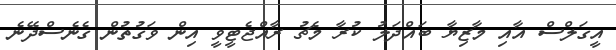
އީގަލްސް އާއި މާޒިޔާ ބައްދަލު ކުރާ މެޗު ރާއްޖެޓީވީ އިން ވަގުތުން ގެނެސްދޭނެ